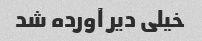
خیلی دیر آورده شد